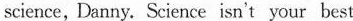
science, Danny. Science isn't your best